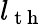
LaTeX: l_{\mathrm{~t~h~}}